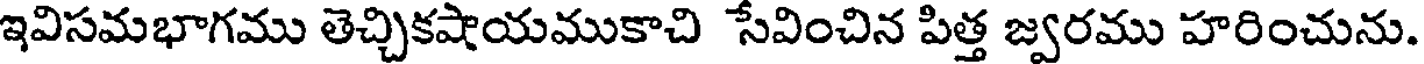
ఇవిసమభాగము తెచ్చికషాయముకాచి సేవించిన పిత్త జ్వరము హరించును.